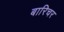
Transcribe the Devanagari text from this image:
बारिचर